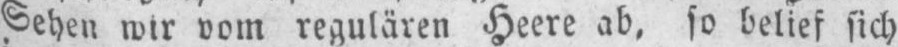
Sehen wir vom regulären Heere ab, so belief sich